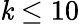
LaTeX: \mathit{k}\leq10